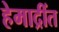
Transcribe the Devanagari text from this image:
हेमाद्रींत